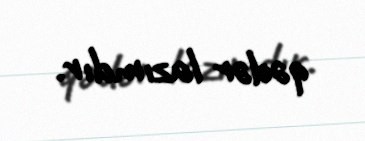
qədər lazımdır.